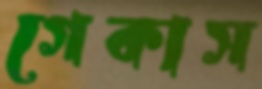
গেকাস